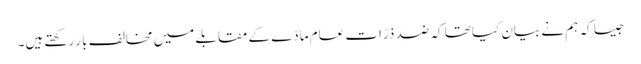
جیسا کہ ہم نے بیان کیا تھا کہ ضد ذرّات عام مادّے کے مقابلے میں مخالف بار رکھتے ہیں۔